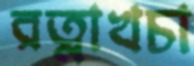
রত্নাখচা